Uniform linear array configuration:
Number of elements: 12
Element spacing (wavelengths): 0.75
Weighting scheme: hann
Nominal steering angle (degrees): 0
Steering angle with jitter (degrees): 1.446
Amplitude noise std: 0.05
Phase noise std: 0.05

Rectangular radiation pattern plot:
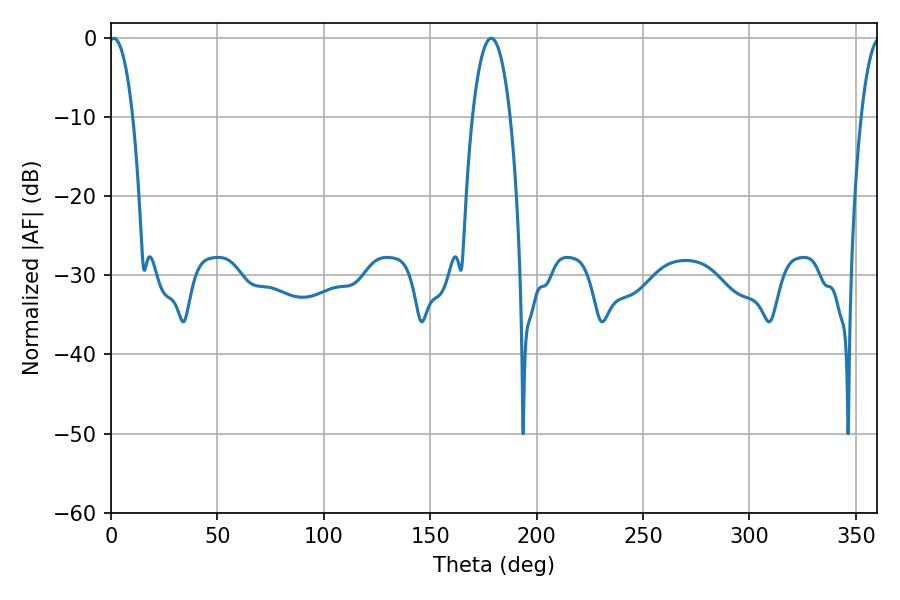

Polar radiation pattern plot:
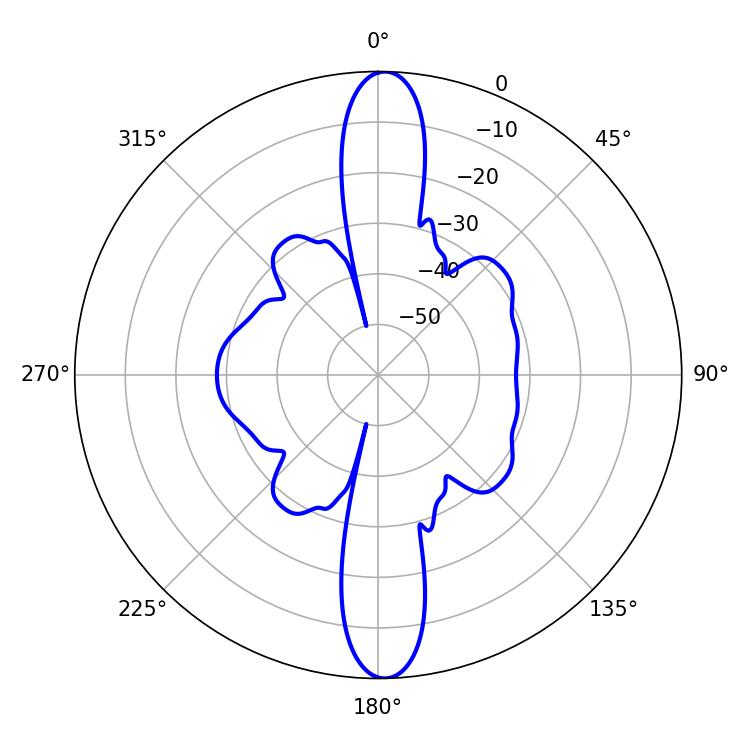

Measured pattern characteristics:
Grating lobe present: TRUE
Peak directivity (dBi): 23.727
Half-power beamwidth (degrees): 6.3
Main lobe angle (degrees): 1.26